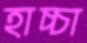
হাচ্চা